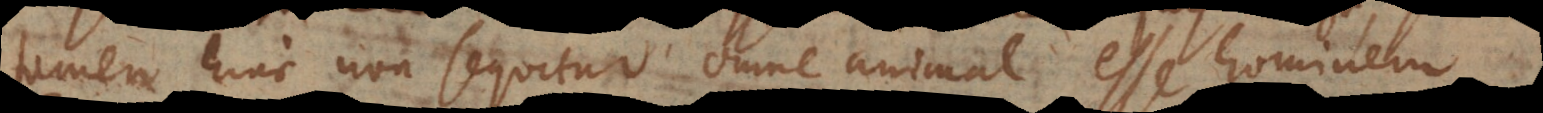
tamen hinc non sequitur omne animal esse hominem.